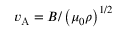
v _ { \mathrm { A } } = B / \left( \mu _ { 0 } \rho \right) ^ { 1 / 2 }